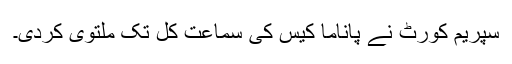
سپریم کورٹ نے پاناما کیس کی سماعت کل تک ملتوی کردی۔